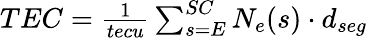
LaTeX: \begin{array}{r}{TEC=\frac{1}{tecu}\sum_{s=E}^{SC}N_{e}(s)\cdot{d_{seg}}}\end{array}